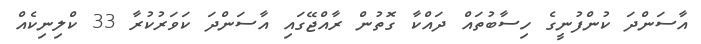
އާސަންދަ ކުންފުނީގެ ހިސާބުތައް ދައްކާ ގޮތުން ރާއްޖޭގައި އާސަންދަ ކަވަރުކުރާ 33 ކްލިނިކެއް